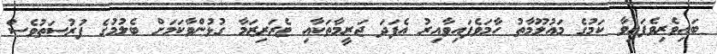
ބައިވެރިވެފައިވާ ކަމުގެ މައުލޫމާތު ހާމަވެފައިވާއިރު އެފަދަ ޖަރީމާތަކާއި ޓެރަރިޒަމާ ގުޅުންވާކަމަށް ބެލުމުގެ ފުރުސަތުވެސް